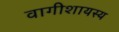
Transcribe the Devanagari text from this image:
वागीशायस्य